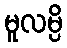
မူလမ္ပိ